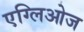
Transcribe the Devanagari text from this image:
एग्लिओज